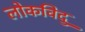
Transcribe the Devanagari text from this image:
लोकविदु